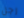
رجل